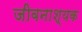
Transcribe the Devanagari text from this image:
जीवनाश्यक